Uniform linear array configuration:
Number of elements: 12
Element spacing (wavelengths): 0.25
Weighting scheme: hamming
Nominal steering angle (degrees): -15
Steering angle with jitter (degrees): -15.487
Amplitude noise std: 0.05
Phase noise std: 0.05

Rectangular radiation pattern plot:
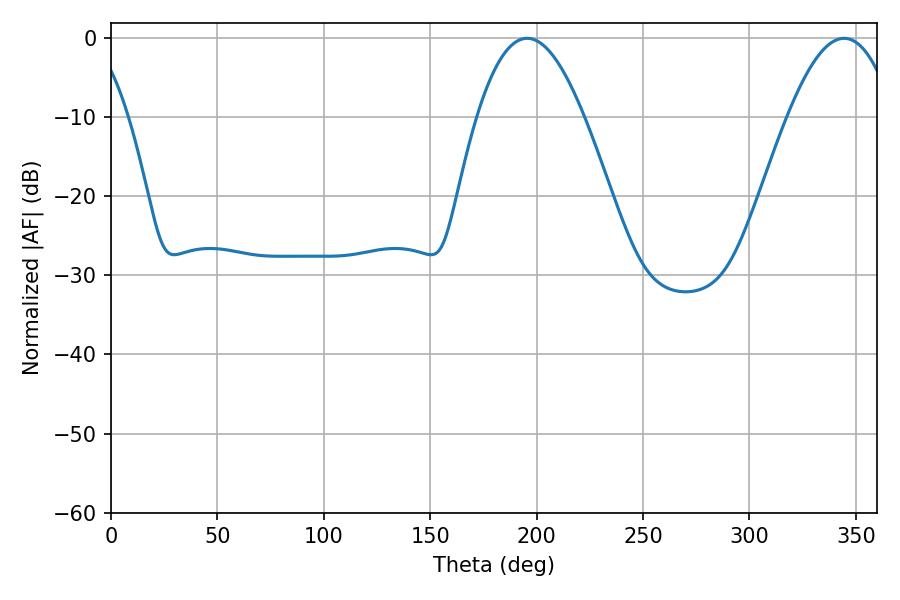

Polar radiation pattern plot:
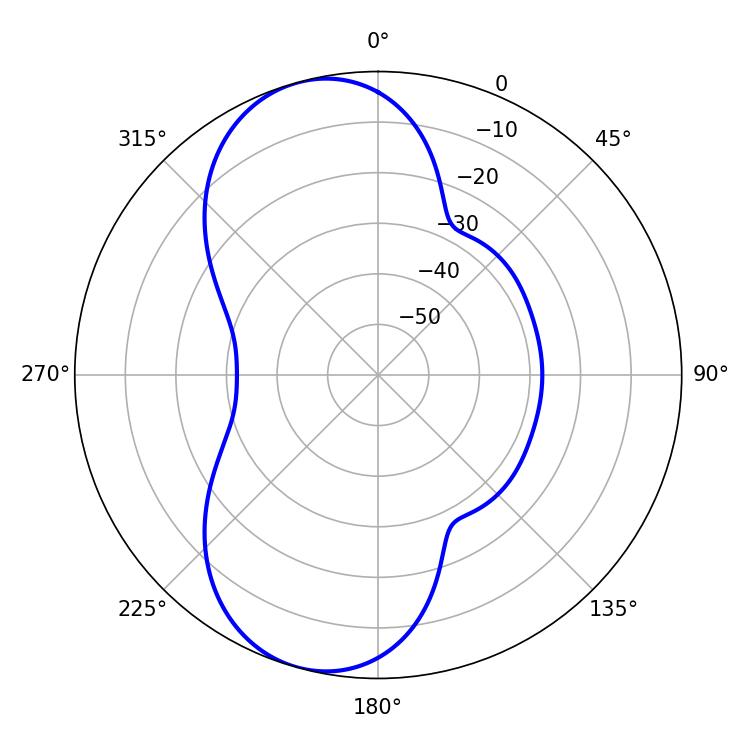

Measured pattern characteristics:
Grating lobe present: FALSE
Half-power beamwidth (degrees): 27.36
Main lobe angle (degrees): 195.48